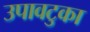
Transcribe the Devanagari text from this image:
उपावटुका